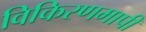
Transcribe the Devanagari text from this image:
विकिरणमापी